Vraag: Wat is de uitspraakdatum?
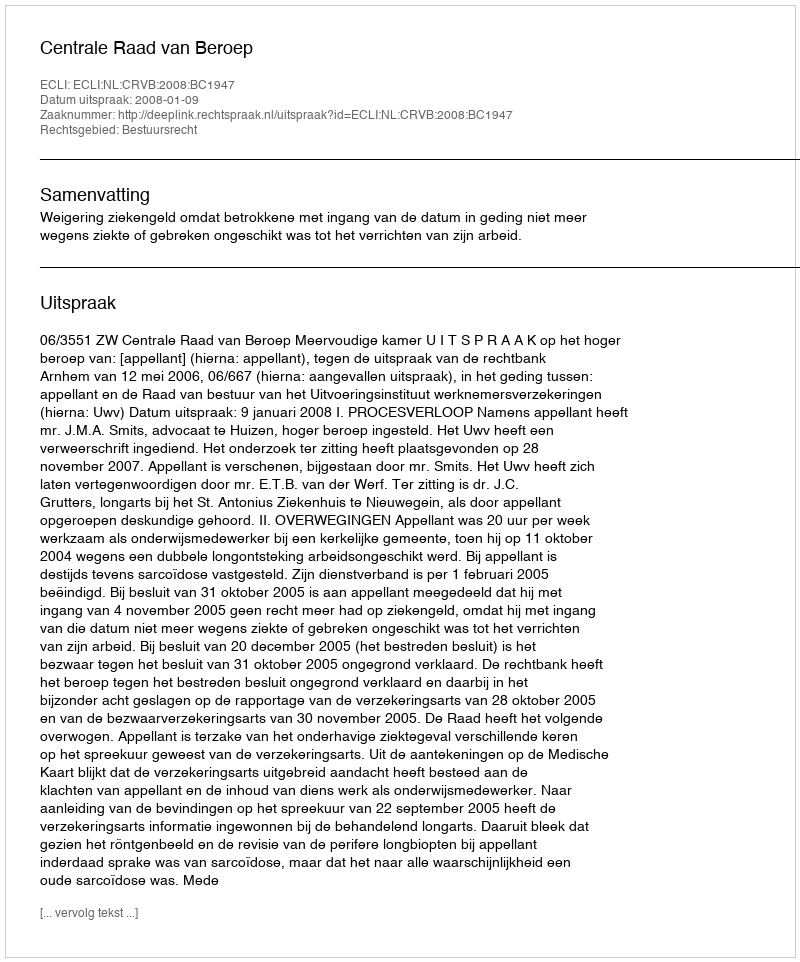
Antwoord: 2008-01-09